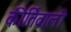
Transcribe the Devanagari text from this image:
कीर्तिवाली